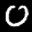
Label: 0